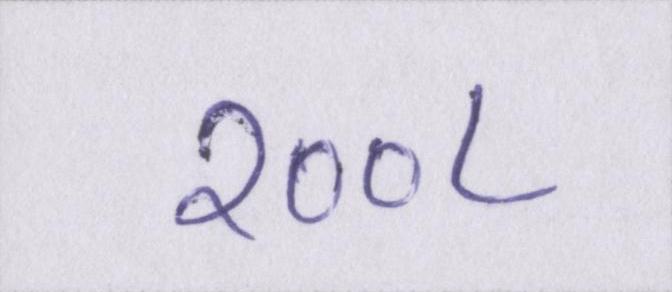
२००८